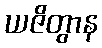
ယဇိတွာန